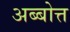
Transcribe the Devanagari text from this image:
अब्बोत्त